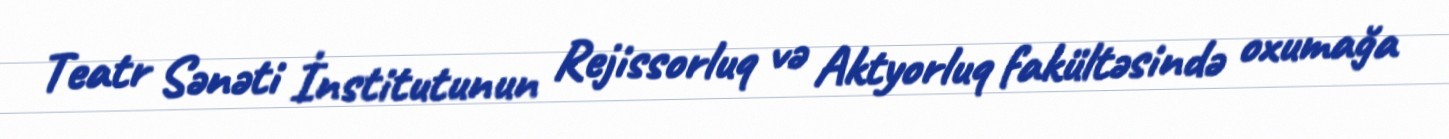
Teatr Sənəti İnstitutunun Rejissorluq və Aktyorluq fakültəsində oxumağa